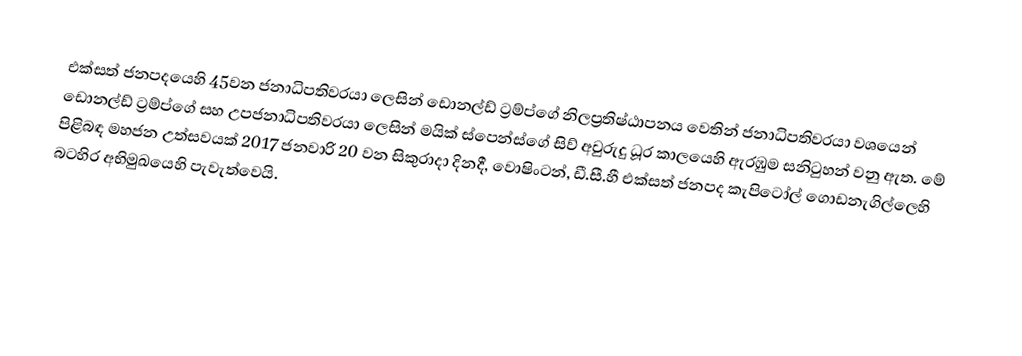
එක්සත් ජනපදයෙහි 45වන ජනාධිපතිවරයා ලෙසින් ඩොනල්ඩ් ට්‍රම්ප්ගේ නිලප්‍රතිෂ්ඨාපනය වෙතින්  ජනාධිපතිවරයා වශයෙන්   ඩොනල්ඩ් ට්‍රම්ප්ගේ සහ උපජනාධිපතිවරයා ලෙසින් මයික් ස්පෙන්ස්ගේ සිව් අවුරුදු ධූර කාලයෙහි ඇරඹුම සනිටුහන් වනු ඇත. මේ පිළිබඳ මහජන උත්සවයක් 2017 ජනවාරි 20 වන සිකුරාදා දිනදී, වොෂිංටන්, ඩී.සී.හී එක්සත් ජනපද කැපිටෝල් ගොඩනැගිල්ලෙහි බටහිර අභිමුඛයෙහි පැවැත්වෙයි.